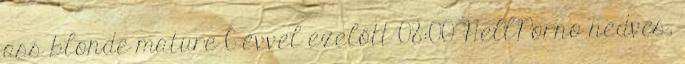
ass blonde mature 6 évvel ezelőtt 08:00 HellPorno nedves,